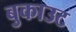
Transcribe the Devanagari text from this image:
बुकाउट